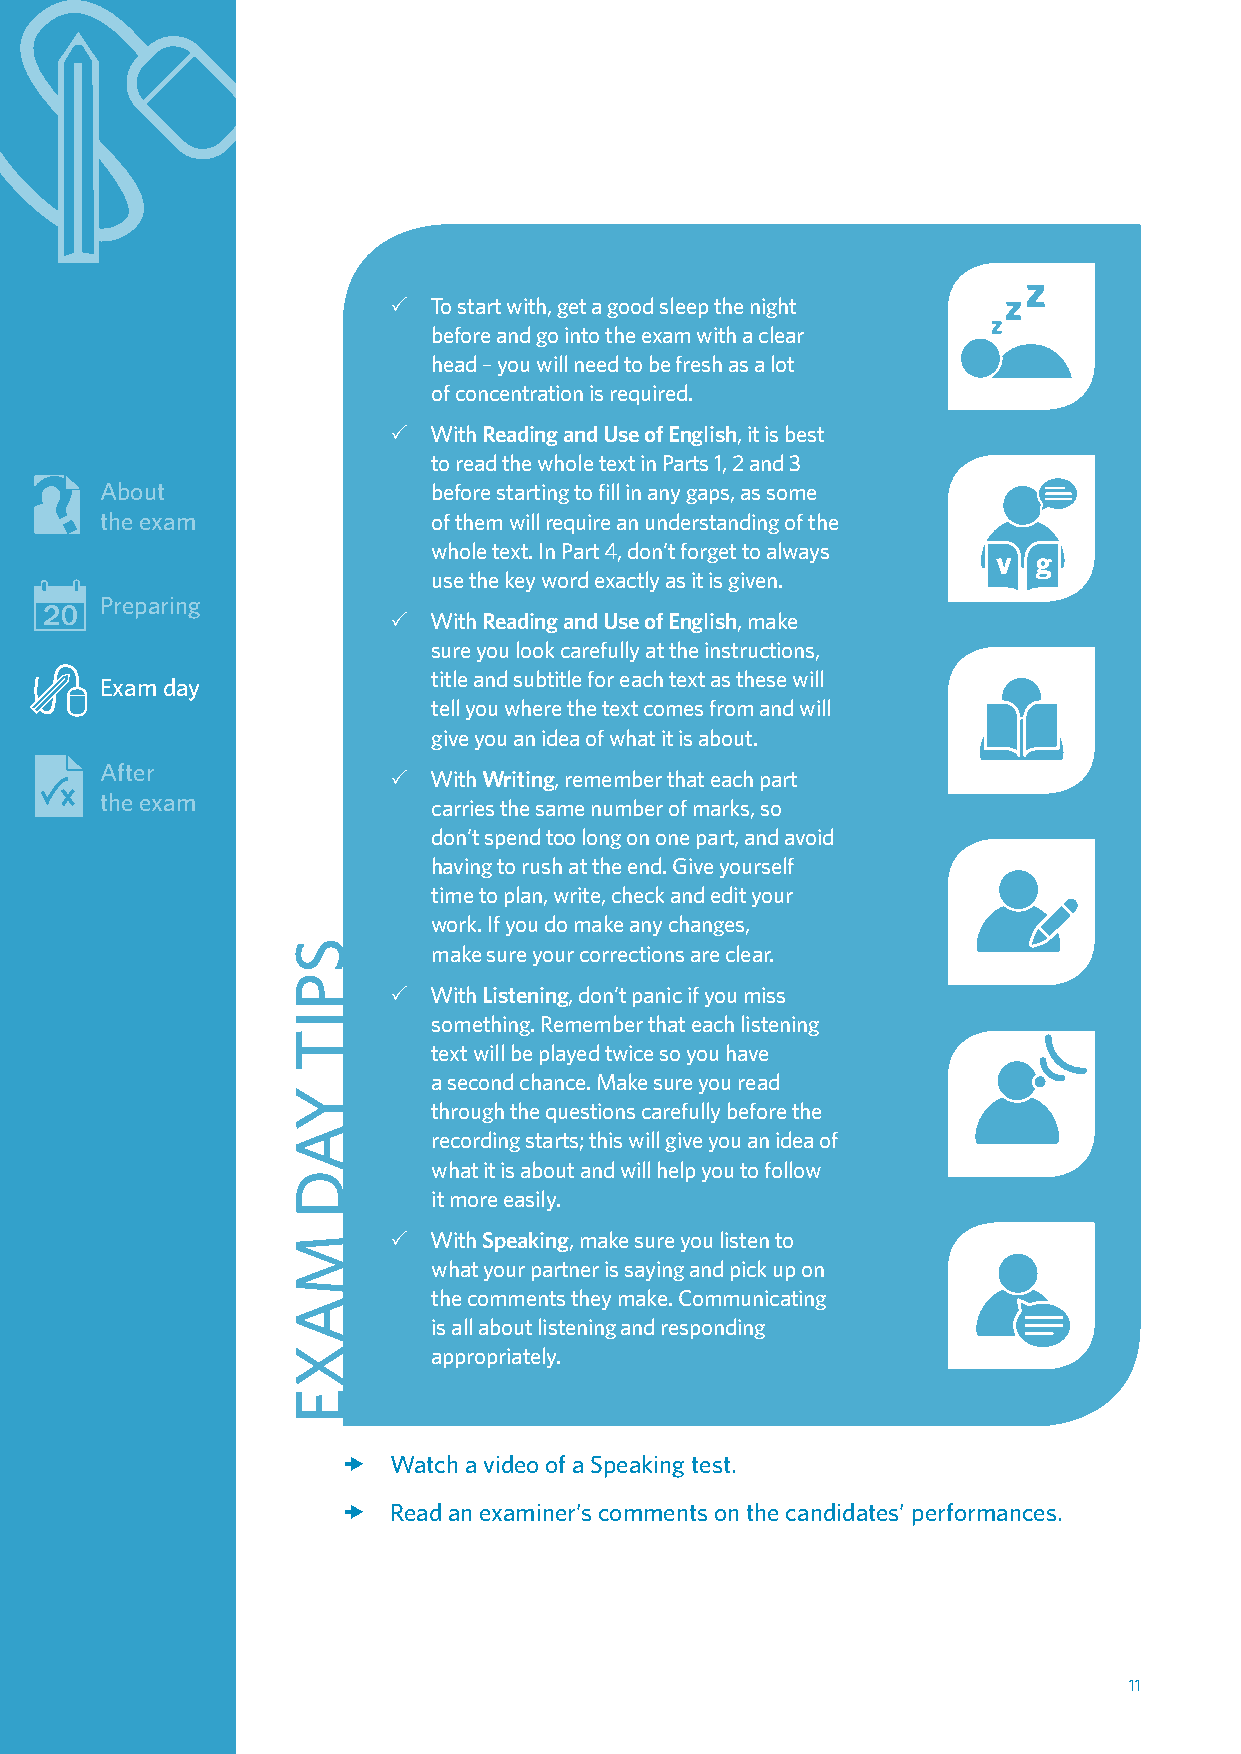
3xTo start with, get a good sleep the night
 before and go into the exam with a clear
 head – you will need to be fresh as a lot
 of concentration is required.
 3xWith Reading and Use of English, it is best
 to read the whole text in Parts 1, 2 and 3
 About                 before starting to fill in any gaps, as some
 the exam              of them will require an understanding of the
 whole text. In Part 4, don’t forget to always
 use the key word exactly as it is given.
 Preparing
 3xWith Reading and Use of English, make
 sure you look carefully at the instructions,
 title and subtitle for each text as these will
 Exam day
 tell you where the text comes from and will
 give you an idea of what it is about.
 After              3xWith Writing, remember that each part
 the exam              carries the same number of marks, so
 don’t spend too long on one part, and avoid
 having to rush at the end. Give yourself
 time to plan, write, check and edit your
 work. If you do make any changes,
 make sure your corrections are clear.
 3xWith Listening, don’t panic if you miss
 something. Remember that each listening
 text will be played twice so you have
 a second chance. Make sure you read
 through the questions carefully before the
 recording starts; this will give you an idea of
 what it is about and will help you to follow
 it more easily.
 3xWith Speaking, make sure you listen to
 what your partner is saying and pick up on
 the comments they make. Communicating
 is all about listening and responding
 appropriately.
 xx Watch a video of a Speaking test.
 xxRead an examiner’s comments on the candidates’ performances.
 11
 SPIT
 YAD
 MAXE